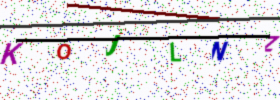
Text: KOJLNZ